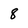
Character: 8